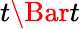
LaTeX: t\Bar{t}